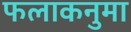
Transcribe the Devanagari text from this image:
फलाकनुमा